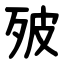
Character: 㱟